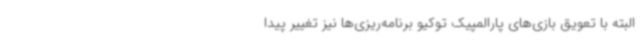
البته با تعویق بازی‌های پارالمپیک توکیو برنامه‌ریزی‌ها نیز تغییر پیدا